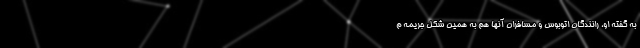
به گفته او، رانندگان اتوبوس و مسافران آنها هم به همین شکل جریمه م